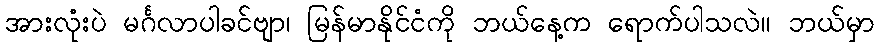
အားလုံးပဲ မင်္ဂလာပါခင်ဗျာ၊ မြန်မာနိုင်ငံကို ဘယ်နေ့က ရောက်ပါသလဲ။ ဘယ်မှာ